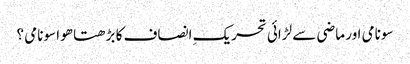
سونامی اور ماضی سے لڑائی	تحریکِ انصاف کا بڑھتا ھوا سونامی ؟